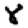
Digit: 8